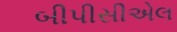
બીપીસીએલ